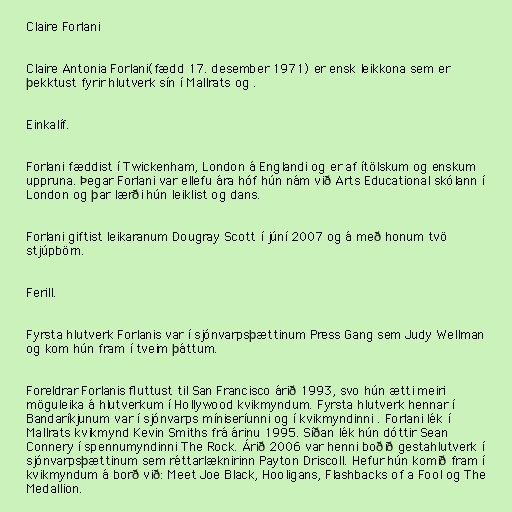
Claire Forlani

Claire Antonia Forlani(fædd 17. desember 1971) er ensk leikkona sem er
þekktust fyrir hlutverk sín í Mallrats og .

Einkalíf.

Forlani fæddist í Twickenham, London á Englandi og er af ítölskum og enskum
uppruna. Þegar Forlani var ellefu ára hóf hún nám við Arts Educational skólann í
London og þar lærði hún leiklist og dans.

Forlani giftist leikaranum Dougray Scott í júní 2007 og á með honum tvö
stjúpbörn.

Ferill.

Fyrsta hlutverk Forlanis var í sjónvarpsþættinum Press Gang sem Judy Wellman
og kom hún fram í tveim þáttum.

Foreldrar Forlanis fluttust til San Francisco árið 1993, svo hún ætti meiri
möguleika á hlutverkum í Hollywood kvikmyndum. Fyrsta hlutverk hennar í
Bandaríkjunum var í sjónvarps míniseríunni og í kvikmyndinni . Forlani lék í
Mallrats kvikmynd Kevin Smiths frá árinu 1995. Síðan lék hún dóttir Sean
Connery í spennumyndinni The Rock. Árið 2006 var henni boðið gestahlutverk í
sjónvarpsþættinum sem réttarlæknirinn Payton Driscoll. Hefur hún komið fram í
kvikmyndum á borð við: Meet Joe Black, Hooligans, Flashbacks of a Fool og The
Medallion.